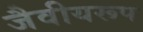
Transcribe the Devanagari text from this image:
जैवीयरूप